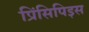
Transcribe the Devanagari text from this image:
प्रिंसिपिइस